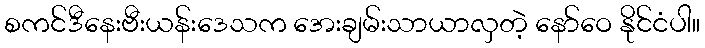
စကင်ဒီနေးဗီးယန်းဒေသက အေးချမ်းသာယာလှတဲ့ နော်ဝေ နိုင်ငံပါ။